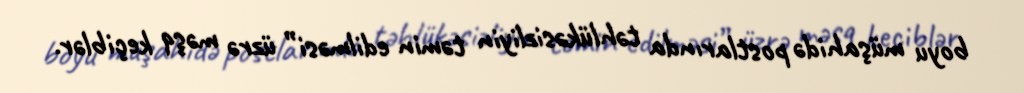
boyu müşahidə postlarında təhlükəsizliyin təmin edilməsi” üzrə məşq keçiblər.